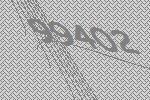
99402